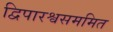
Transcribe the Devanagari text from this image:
द्विपारश्वसममित